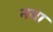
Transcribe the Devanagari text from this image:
नबा